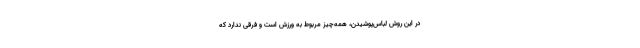
در این روش لباس‌پوشیدن، همه‌چیز مربوط به ورزش است و فرقی ندارد که